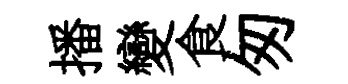
播變食匆